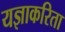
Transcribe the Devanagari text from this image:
यज्ञाकरिता